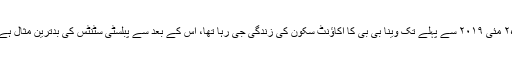
۲۵ مئی ۲۰۱۹ سے پہلے تک وینا بی بی کا اکاؤنٹ سکون کی زندگی جی رہا تھا، اس کے بعد سے پبلسٹی سٹنٹس کی بدترین مثال ہے۔